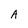
Character: A